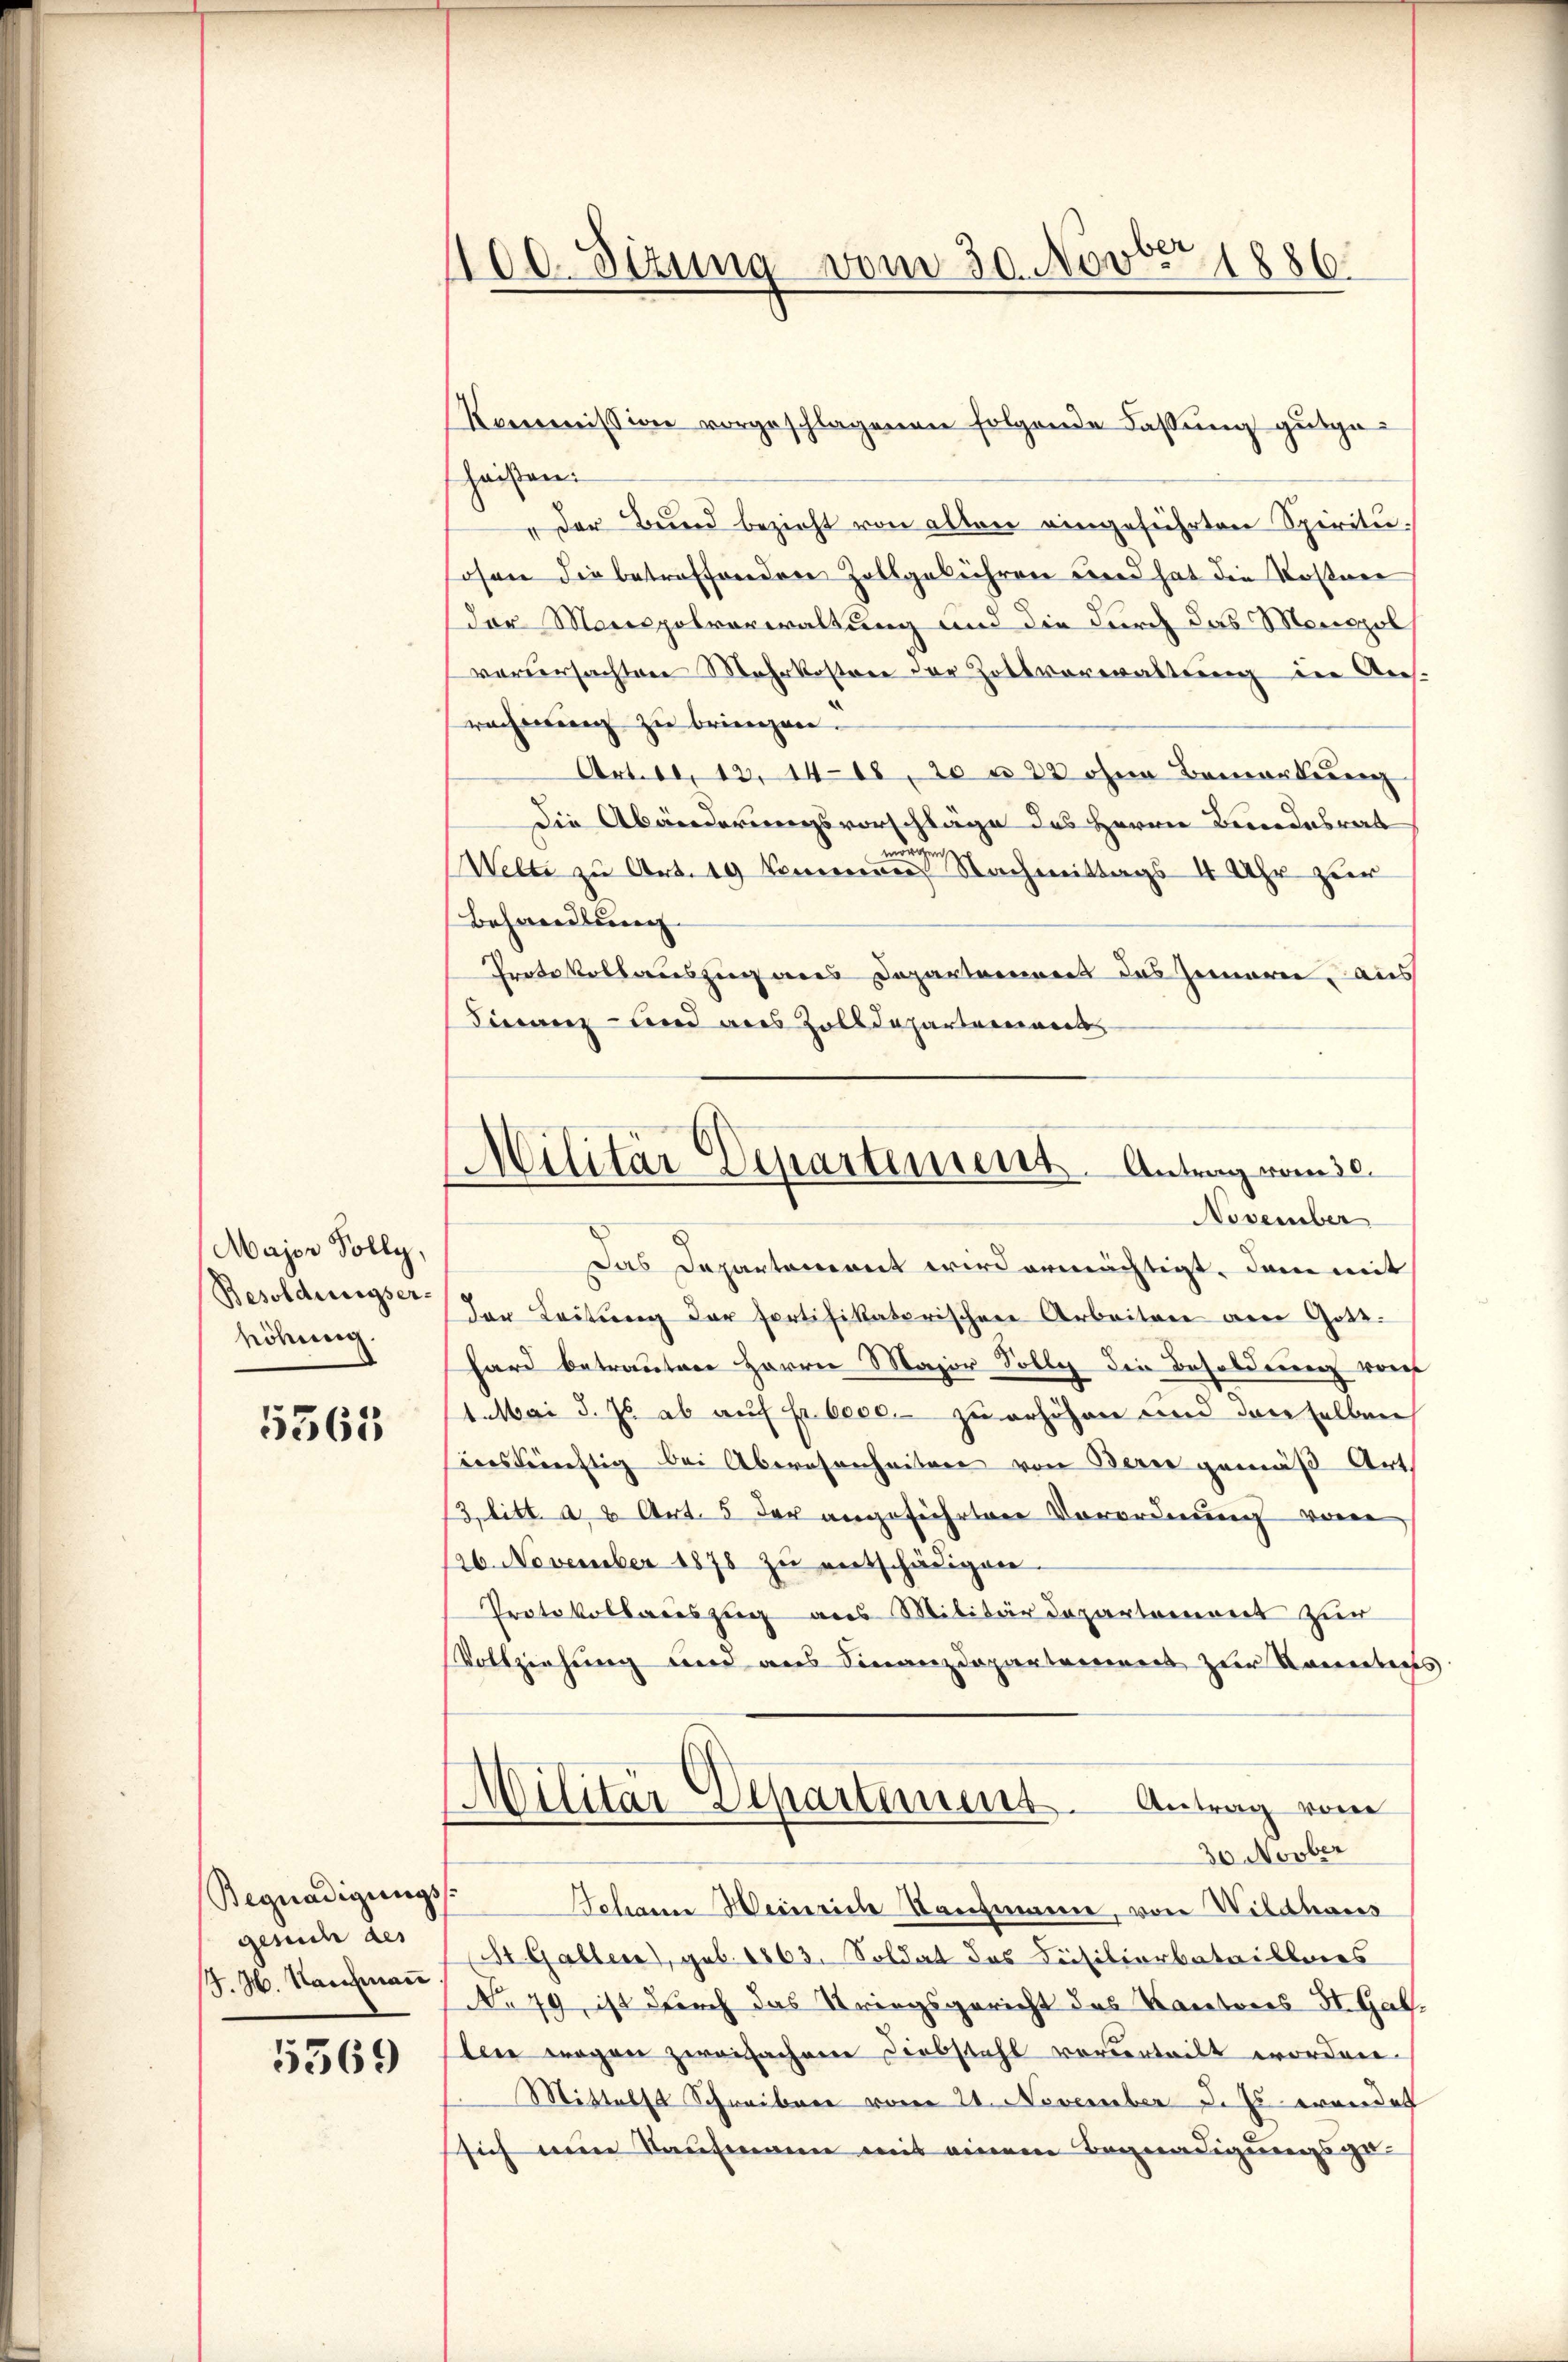
Major Solly,
Besoldungserhöhung.

5565

Begnadigungs
gesuch des
17. M. Nachman

5569

haisen:
"der Bund bezieht von alten eingeführten Spiritusosen die betreffenden Zollgebühren und hat die Kostner
der Manspolverwaltung und die durch das Monopols
vorursachten Mehrkostree der Zottverwaltung der Aes.
rachen zŭ bringen.
Art. 11. 13. 1418, 20 n 23 ohne Bemerkung
Die Abänderungsvorschläge des Herrn Bundesrat
.
Welti zu Art. 19 den Nachmittags 4 Uhr zur
Behandlung
Protokollauszug aus Departamens das Gemari, aus
Finanz- und aus Zolldepartement

100. Sizung vom 30. Novber 1886.

Kommission vorgeschlagenen folgende Fassung gutge¬

Militär Departement. Antrag vom 30.
November

Das Departement wird ermächtigt, dem mit
der Leitŭng der fortifikatorischen Arbeiten am Gott.
hard betrauten Herrn Major Tolly die Besoldung vor
1. Mai d. Js. ab auf pr. Cece. zu erhöhen und denselben
inskünftig bei Abwesenheiten von Berne gemäß Art.
13, litt. a. 8 Art. 5 der angeführten Vorordnung von
126. November 1878 zu entschädigen.
Protokollauszug aus Militärdepartement zur
Vollziehung und aus Finanzdepartement zur Sonntens
Militär-Departement. Antrag vom
30 Novber
Johanne Heinriche Tanzmanne, von Wildhaus
St. Gallere), geb. 1863. Soldat des Beisitionbatailleres
No 79, ist durch das Striegsgericht des Kantones St. Gal
ler wegen zweifachen Diebstahl vorderteilt worden.
Mittelst Schreiben vom 24. November d. Es wandet
sich ein Kaufmann mit einem Begnadigungsge¬